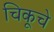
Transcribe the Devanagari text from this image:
चिकूचे